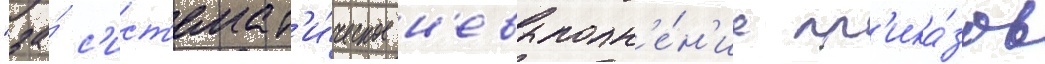
"за́ с'ист'емат'и́ческое н'евыполн'е́н'ие пр'ика́зов